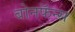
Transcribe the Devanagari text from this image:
बोनफॅन्स